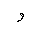
Letter: _waw